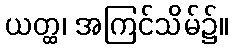
ယတ္ထ၊ အကြင်သိမ်၌။